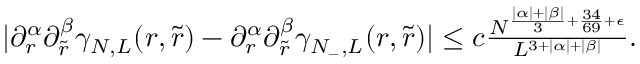
\begin{array} { r } { | \partial _ { r } ^ { \alpha } \partial _ { \tilde { r } } ^ { \beta } \gamma _ { N , L } ( r , \tilde { r } ) - \partial _ { r } ^ { \alpha } \partial _ { \tilde { r } } ^ { \beta } \gamma _ { N _ { - } , L } ( r , \tilde { r } ) | \leq c \frac { N ^ { \frac { | \alpha | + | \beta | } { 3 } + \frac { 3 4 } { 6 9 } + \epsilon } } { L ^ { 3 + | \alpha | + | \beta | } } . } \end{array}